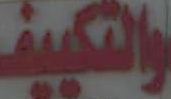
والتكييف